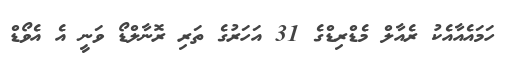
ހަމައެއާއެކު ރެއާލް މެޑްރިޑްގެ 31 އަހަރުގެ ތަރި ރޮނާލްޑޯ ވަނީ އެ އެވޯޑް